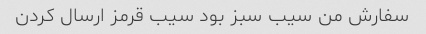
سفارش من سیب سبز بود سیب قرمز ارسال کردن